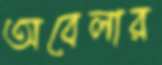
অবেলার